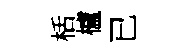
栝櫨已